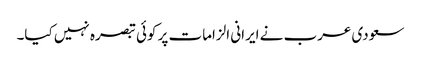
سعودی عرب نے ایرانی الزامات پر کوئی تبصرہ نہیں کیا۔